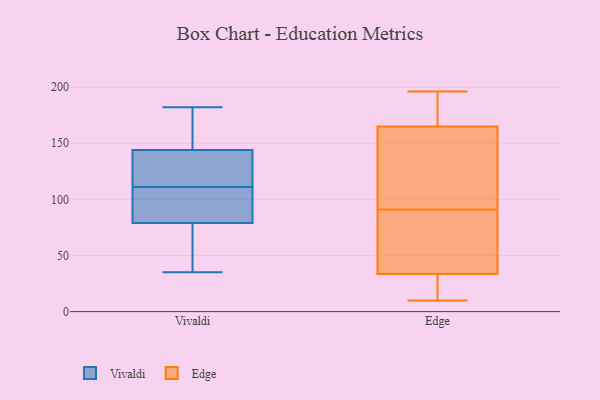
{"axis": {"x": "Shipments", "y": "Value"}, "legend": ["Edge", "Vivaldi"], "data": [{"x": "", "y": 111, "type": "Vivaldi"}, {"x": "", "y": 73, "type": "Vivaldi"}, {"x": "", "y": 61, "type": "Vivaldi"}, {"x": "", "y": 108, "type": "Vivaldi"}, {"x": "", "y": 182, "type": "Vivaldi"}, {"x": "", "y": 144, "type": "Vivaldi"}, {"x": "", "y": 99, "type": "Vivaldi"}, {"x": "", "y": 35, "type": "Vivaldi"}, {"x": "", "y": 144, "type": "Vivaldi"}, {"x": "", "y": 163, "type": "Vivaldi"}, {"x": "", "y": 115, "type": "Vivaldi"}, {"x": "", "y": 181, "type": "Vivaldi"}, {"x": "", "y": 125, "type": "Vivaldi"}, {"x": "", "y": 65, "type": "Vivaldi"}, {"x": "", "y": 97, "type": "Vivaldi"}, {"x": "", "y": 59, "type": "Edge"}, {"x": "", "y": 91, "type": "Edge"}, {"x": "", "y": 184, "type": "Edge"}, {"x": "", "y": 111, "type": "Edge"}, {"x": "", "y": 25, "type": "Edge"}, {"x": "", "y": 61, "type": "Edge"}, {"x": "", "y": 18, "type": "Edge"}, {"x": "", "y": 196, "type": "Edge"}, {"x": "", "y": 181, "type": "Edge"}, {"x": "", "y": 117, "type": "Edge"}, {"x": "", "y": 10, "type": "Edge"}]}